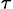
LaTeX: _\tau